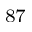
^ { 8 7 }